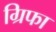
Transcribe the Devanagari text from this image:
ग्रिफा